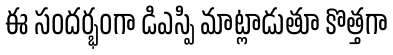
ఈ సందర్భంగా డిఎస్పి మాట్లాడుతూ కొత్తగా